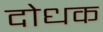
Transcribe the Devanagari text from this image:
दोधक